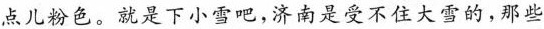
点儿粉色。就是下小雪吧，济南是受不住大雪的，那些